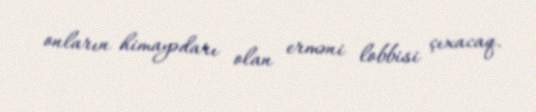
onların himayədarı olan erməni lobbisi çıxacaq.